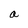
Character: a